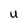
Character: U